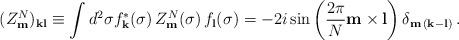
LaTeX: \begin{align*}(Z^{N}_{\bf m})_{\bf k l} \equiv \int d^2\sigma f^*_{\bf k}(\sigma)\,Z^{N}_{\bf m}(\sigma)\, f_{\bf l}(\sigma) =-2i\sin\left(\frac{2\pi}{N}{\bf m\times l}\right)\delta_{{\bf m}\,({\bf k-l})}\,. \end{align*}